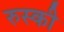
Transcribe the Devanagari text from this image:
रुस्की